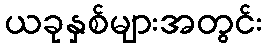
ယခုနှစ်များအတွင်း